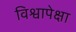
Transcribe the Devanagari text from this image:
विश्वापेक्षा